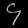
Digit: ၄